system: You are a helpful assistant.
user:
Analyze the provided spectrum to determine if it is a **Carbon Star (C-type)**.

- **Key Visual Indicators of Carbon Star:**
    - **(Primary):** Strong molecular absorption from **C₂ (diatomic carbon) "Swan Bands."** This is the **defining feature** of a carbon star.
        - **(Key Bandheads):** Sharp absorption edges are visible at approximately $5635$ Å, $5165$ Å (the strongest band), and $4737$ Å.
        - **(Line Profile):** Creates a distinct **"saw-tooth"** pattern. The key morphology is a sharp, steep bandhead on the **red (long-wavelength) side**, which then gradually tapers off (i.e., flux recovers) towards the **blue (short-wavelength) side**. *(This is the direct opposite of the TiO bands seen in M-type stars)*.

    - **(Secondary):** Intense **CN (cyanogen)** molecular absorption bands.
        - **(Key Bandheads):** Located in the blue and violet regions of the spectrum (e.g., near $4215$ Å and $3883$ Å).
        - **(Morphology):** These bands are extremely broad and act as a "blanket," absorbing the vast majority of blue and violet light. This creates a characteristic **"cliff"** or **"steep drop-off"** in the spectrum's flux at short wavelengths.

    - **(Key Confirmation):** Strong **CH absorption band (G-band)**.
        - **(Key Bandhead):** Located around $4300$ Å. The contribution from CH molecules to this band is exceptionally strong.

    - **(Overall Spectrum):**
        - The continuum is severely "chopped up" by these deep molecular bands, especially C₂, rather than appearing as a smooth curve.
        - Due to the heavy CN and C₂ absorption in the blue-green, the vast majority of the star's flux is concentrated in the red part of the spectrum, giving the star its characteristic deep red color.

Think first, call **spectral_visualization_tool** if needed to examine features in detail, then provide your final answer. Your response must adhere to the following strict rules:
1.  **Overall Structure:** Your response must follow the format `<think>...</think> <tool_call>...</tool_call> (if a tool is used) <answer>...</answer>`.
2.  **Tool Usage Constraint:** You may only make **one** tool call per turn.
3.  **Final Answer Format:** In the `<answer>` tag, your conclusion must be inside a `\boxed{}` command (e.g., `\boxed{YES}`), followed by your justification.

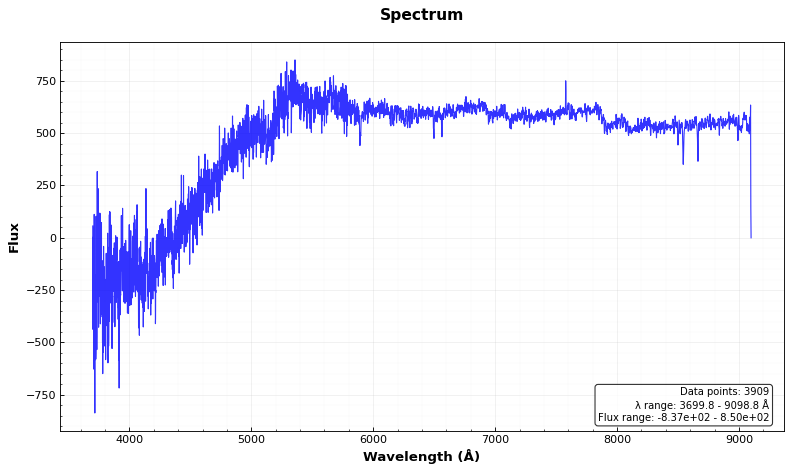
Answer: YES